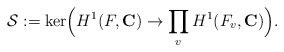
\begin{align*}\mathcal{S} := \ker\Bigl(H^1(F, \mathbf{C}) \rightarrow \prod_{v} H^1(F_v, \mathbf{C})\Bigr).\end{align*}